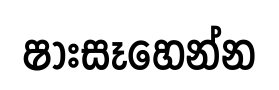
ෂාඃසෑහෙන්න